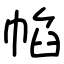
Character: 㡊